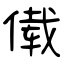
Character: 傤